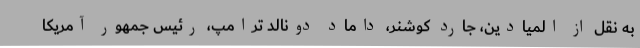
به نقل از المیادین، جارد کوشنر، داماد دونالد ترامپ، رئیس جمهور آمریکا